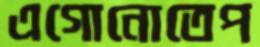
এগোনোতেপ